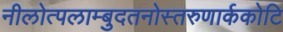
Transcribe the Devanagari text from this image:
नीलोत्पलाम्बुदतनोस्तरुणार्ककोटि